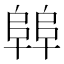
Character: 𱀝